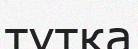
түтқа